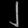
Digit: ၂